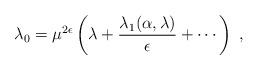
LaTeX: \begin{align*}\lambda_0 = \mu^{2\epsilon} \left(\lambda +\frac{\lambda_1 (\alpha,\lambda)}{\epsilon} + \cdots \right)\; ,\end{align*}